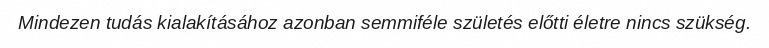
Mindezen tudás kialakításához azonban semmiféle születés előtti életre nincs szükség.